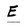
Character: E